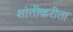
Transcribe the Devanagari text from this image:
शांतीकरीता